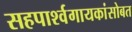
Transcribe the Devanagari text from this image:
सहपार्श्वगायकांसोबत